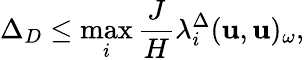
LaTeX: \Delta_{D}\leq\operatorname*{max}_{i}\frac{J}{H}\lambda_{i}^{\Delta}(\mathbf{u},\mathbf{u})_{\omega},